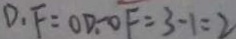
D _ { 1 } F = O D _ { 1 } - O F = 3 - 1 = 2